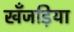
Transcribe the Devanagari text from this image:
खँजड़िया